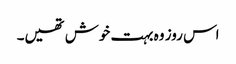
اس روز وہ بہت خوش تھیں۔